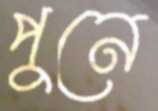
পুনে